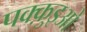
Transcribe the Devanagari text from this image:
पक्क़ुइओ